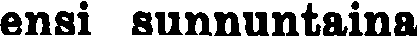
ensi sunnuntaina